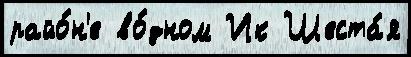
райо́н'е во́дном Ик Шеста́я